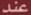
عند